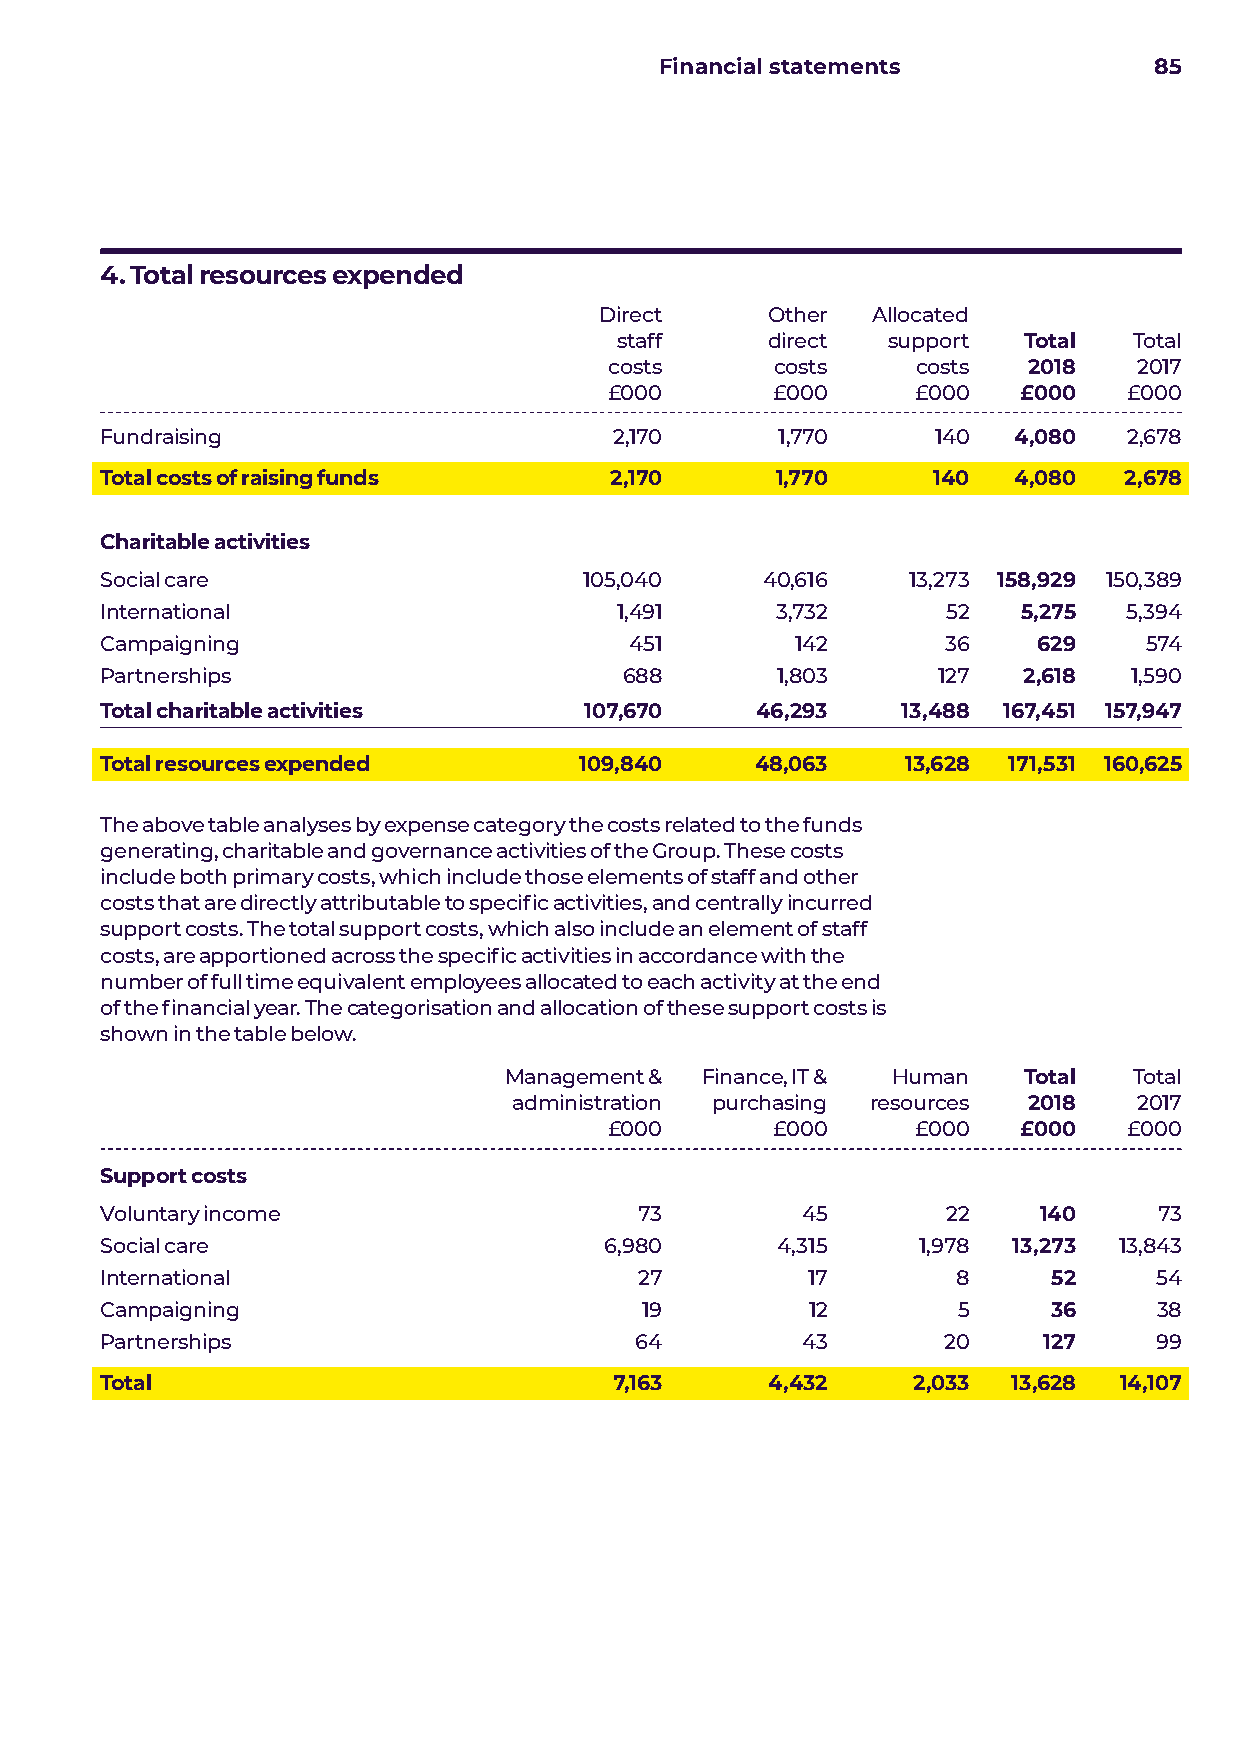
Financial statements            85
 4. Total resources expended
 Direct     Other  Allocated
 staff     direct  support  Total  Total
 costs      costs     costs  2018   2017
 £000       £000      £000  £000    £000
 Fundraising                       2,170      1,770     140  4,080   2,678
 Total costs of raising funds     2,170      1,770      140  4,080  2,678
 Charitable activities
 Social care                     105,040    40,616    13,273 158,929 150,389
 International                     1,491     3,732       52   5,275  5,394
 Campaigning                        451        142       36    629    574
 Partnerships                      688       1,803      127   2,618  1,590
 Total charitable activities     107,670    46,293    13,488 167,451 157,947
 Total resources expended       109,840     48,063    13,628 171,531 160,625
 The above table analyses by expense category the costs related to the funds
 generating, charitable and governance activities of the Group. These costs
 include both primary costs, which include those elements of staff and other
 costs that are directly attributable to specific activities, and centrally incurred
 support costs. The total support costs, which also include an element of staff
 costs, are apportioned across the specific activities in accordance with the
 number of full time equivalent employees allocated to each activity at the end
 of the financial year. The categorisation and allocation of these support costs is
 shown in the table below.
 Management & Finance, IT & Human   Total  Total
 administration purchasing resources 2018 2017
 £000       £000      £000  £000    £000
 Support costs
 Voluntary income                   73         45        22    140     73
 Social care                      6,980      4,315     1,978 13,273 13,843
 International                      27         17        8      52    54
 Campaigning                        19         12        5      36     38
 Partnerships                       64         43        20    127     99
 Total                             7,163     4,432    2,033  13,628 14,107